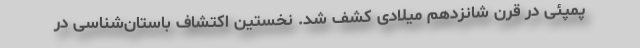
پمپئی در قرن شانزدهم میلادی کشف شد. نخستین اکتشاف باستان‌شناسی در